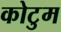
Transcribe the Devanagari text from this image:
कोटुम